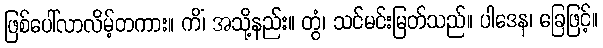
ဖြစ်ပေါ်လာလိမ့်တကား။ ကိံ၊ အသို့နည်း။ တွံ၊ သင်မင်းမြတ်သည်။ ပါဒေန၊ ခြေဖြင့်။